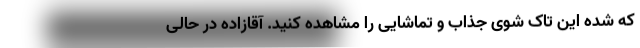
که شده این تاک شوی جذاب و تماشایی را مشاهده کنید. آقازاده در حالی